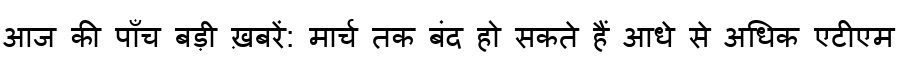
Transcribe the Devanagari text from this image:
आज की पाँच बड़ी ख़बरें: मार्च तक बंद हो सकते हैं आधे से अधिक एटीएम